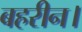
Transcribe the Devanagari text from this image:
बहरीन।